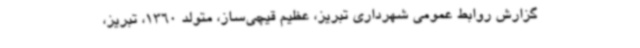
گزارش روابط عمومی شهرداری تبریز، عظیم قیچی‌ساز، متولد 1360، تبریز،